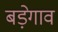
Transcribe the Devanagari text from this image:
बड़ेगाव